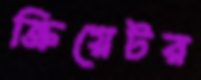
ক্রিয়েটর